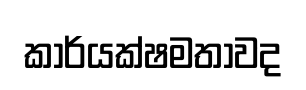
කාර්යක්ෂමතාවද